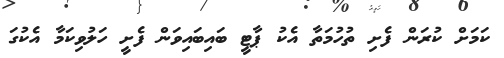
ކަމަށް ކުރަން ފެށި ތުހުމަތާ އެކު ޕާޓީ ބައިބައިވަން ފެށީ ހަލުވިކަމާ އެކުގަ